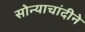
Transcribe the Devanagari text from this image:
सोन्याचांदीने